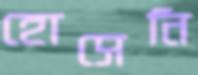
হোসেনি